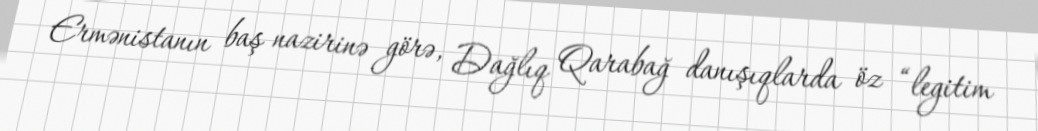
Ermənistanın baş nazirinə görə, Dağlıq Qarabağ danışıqlarda öz “legitim